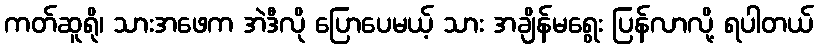
ကတ်ဆူရို၊ သားအဖေက အဲဒီလို ပြောပေမယ့် သား အချိန်မရွေး ပြန်လာလို့ ရပါတယ်